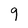
Character: 9